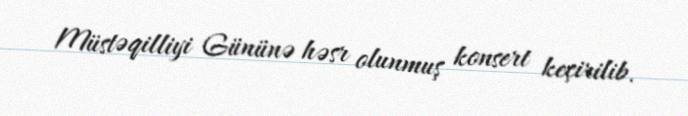
Müstəqilliyi Gününə həsr olunmuş konsert keçirilib.